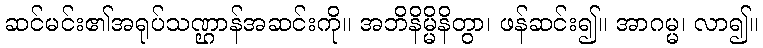
ဆင်မင်း၏အရုပ်သဏ္ဌာန်အဆင်းကို။ အဘိနိမ္မိနိတွာ၊ ဖန်ဆင်း၍။ အာဂမ္မ၊ လာ၍။